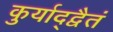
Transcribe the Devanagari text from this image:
कुर्याद्द्वैतं